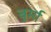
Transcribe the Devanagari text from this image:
बुर्मा